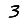
Digit: 3